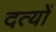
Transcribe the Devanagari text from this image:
दत्यों